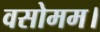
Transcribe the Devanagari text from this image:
वसोमम।